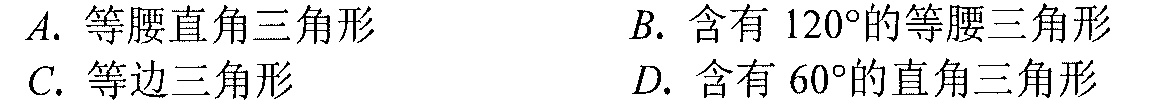
A. 等腰直角三角形 \qquad B. 含有 \(120^{\circ}\)的等腰三角形
C. 等边三角形 \qquad D. 含有 \(60^{\circ}\)的直角三角形